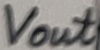
Text: Vout